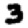
Digit: 3